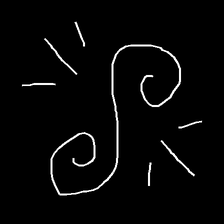
Glyph: wind-directs-air